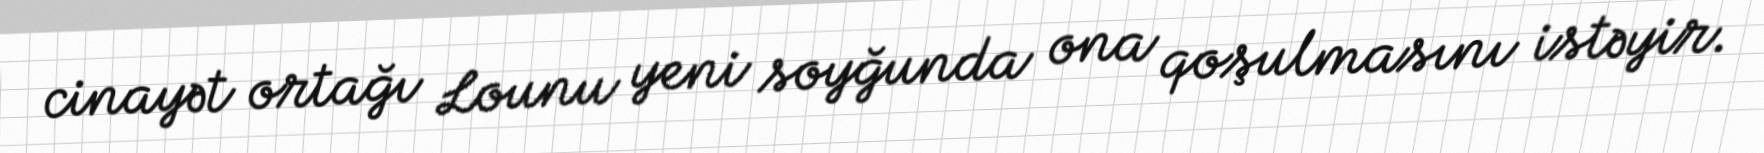
cinayət ortağı Lounu yeni soyğunda ona qoşulmasını istəyir.